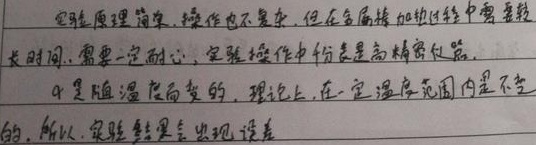
实验原理简单，操作也不复杂，但在金属腐蚀的过程中需要较长时间，需要一定耐心。实验操作中仿真是高精密仪器。\(q\)是随温度而变的，理论上，在一定温度范围内是不变的，所以，实验结果会出现误差。